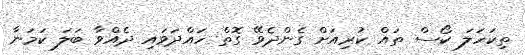
ތިކަހަލަ ކޯސް ތައް ކުރިއަށް ގެންދެވޭ ގޮތް ހައްދަވައި ދެއްވާ ބަލަ ކަމަނާ